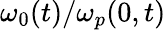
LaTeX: \omega_{0}(t)/\omega_{p}(0,t)